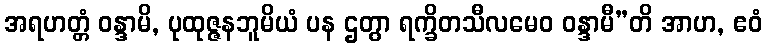
အရဟတ္တံ ဝန္ဒာမိ, ပုထုဇ္ဇနဘူမိယံ ပန ဌတွာ ရက္ခိတသီလမေဝ ဝန္ဒာမီ”တိ အာဟ, ဧဝံ